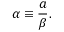
\alpha \equiv \frac { a } { \beta } .